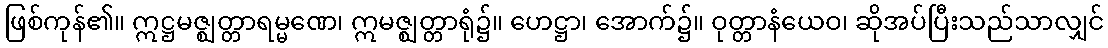
ဖြစ်ကုန်၏။ ဣဋ္ဌမဇ္ဈတ္တာရမ္မဏေ၊ ဣမဇ္ဈတ္တာရုံ၌။ ဟေဋ္ဌာ၊ အောက်၌။ ဝုတ္တာနံယေဝ၊ ဆိုအပ်ပြီးသည်သာလျှင်